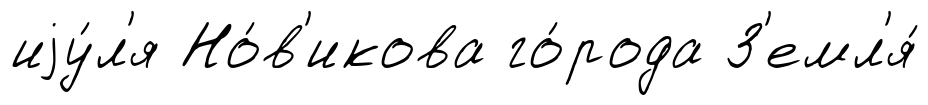
иjу́л'я Но́в'икова го́рода З'емл'я́